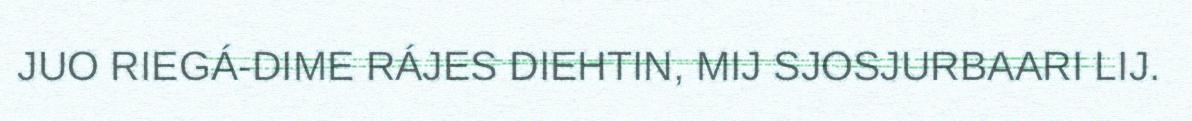
JUO RIEGÁ-DIME RÁJES DIEHTIN, MIJ SJOSJURBAARI LIJ.